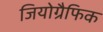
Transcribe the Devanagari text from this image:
जियोग्रैफिक